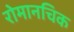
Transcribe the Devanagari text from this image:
रोमानचिक